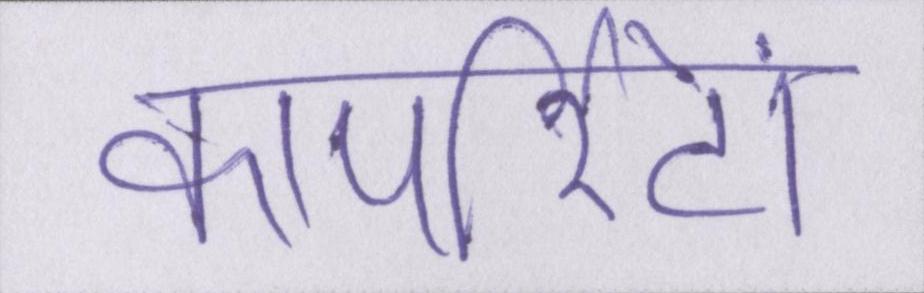
कार्पोरेटों